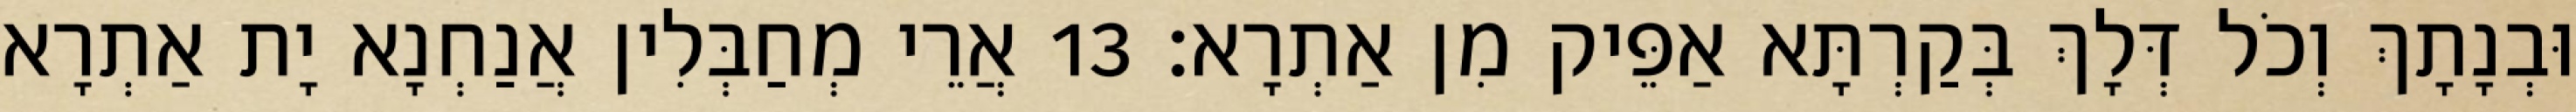
וּבְנָתָךְ וְכֹל דְּלָךְ בְּקַרְתָּא אַפֵּיק מִן אַתְרָא׃ 13 אֲרֵי מְחַבְּלִין אֲנַחְנָא יָת אַתְרָא